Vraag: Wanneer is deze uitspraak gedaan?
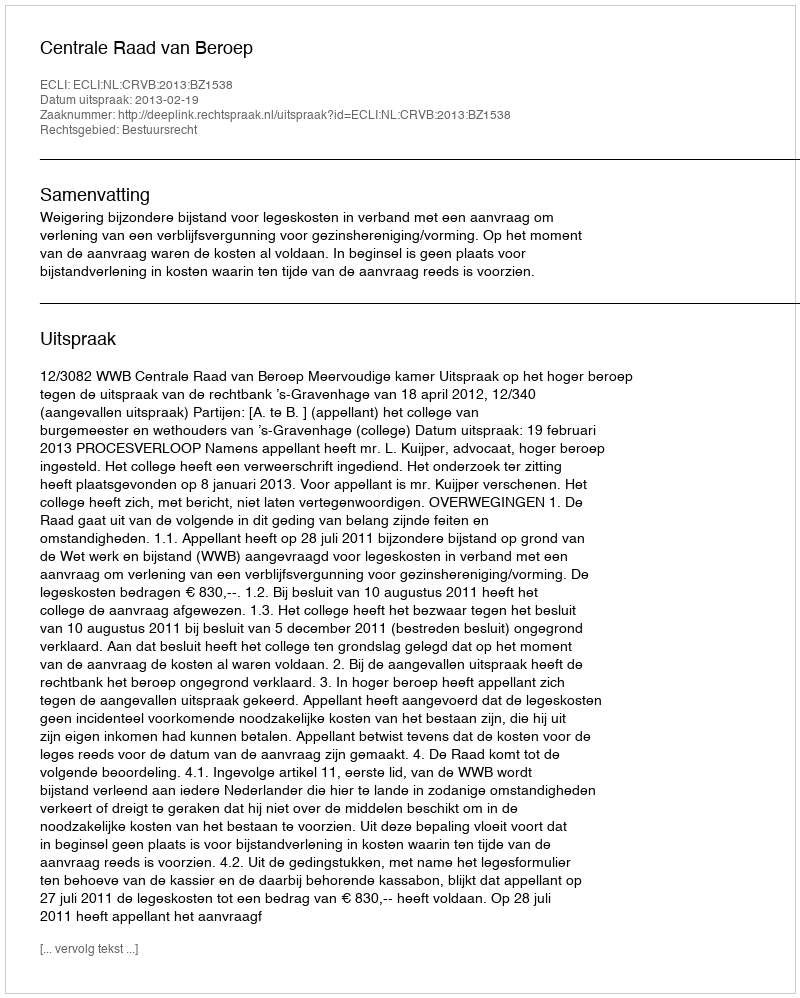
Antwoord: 2013-02-19